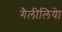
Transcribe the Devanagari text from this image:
गैलीलियेा